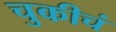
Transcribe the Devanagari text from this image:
चुकीचं